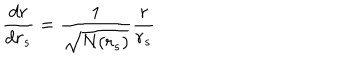
\frac { d r } { d r _ { s } } = \frac { 1 } { \sqrt { N ( r _ { s } ) } } \frac { r } { r _ { s } }